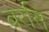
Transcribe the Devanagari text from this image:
बरसि